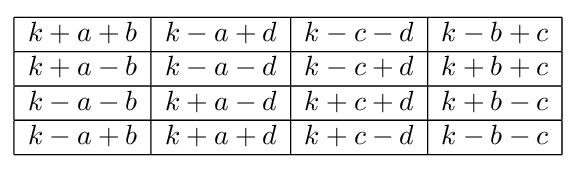
{\begin{array}{|c|c|c|c|}\hline k+a+b&k-a+d&k-c-d&k-b+c\\\hline k+a-b&k-a-d&k-c+d&k+b+c\\\hline k-a-b&k+a-d&k+c+d&k+b-c\\\hline k-a+b&k+a+d&k+c-d&k-b-c\\\hline \end{array}}